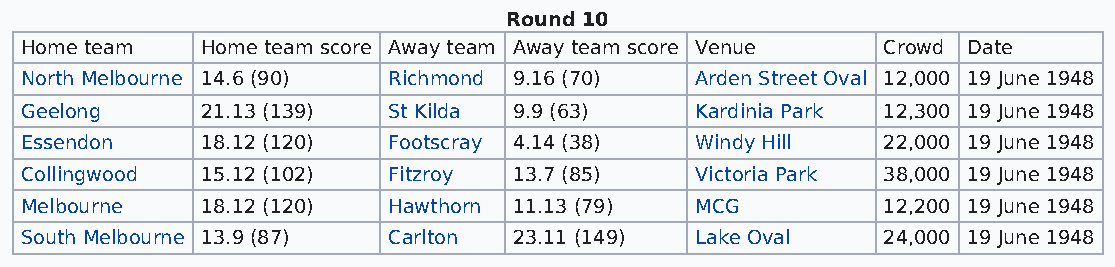
Round 10
 Home team   Home team score Away team Away team score Venue Crowd Date
 North Melbourne 14.6 (90) Richmond 9.16 (70) Arden Street Oval 12,000 19 June 1948
 Geelong     21.13 (139)  St Kilda 9.9 (63)   Kardinia Park 12,300 19 June 1948
 Essendon    18.12 (120)  Footscray 4.14 (38) Windy Hill  22,000 19 June 1948
 Collingwood 15.12 (102)  Fitzroy 13.7 (85)   Victoria Park 38,000 19 June 1948
 Melbourne   18.12 (120)  Hawthorn 11.13 (79) MCG         12,200 19 June 1948
 South Melbourne 13.9 (87) Carlton 23.11 (149) Lake Oval  24,000 19 June 1948